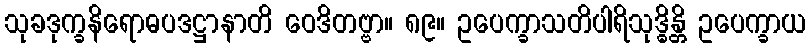
သုခဒုက္ခနိရောဓပဒဋ္ဌာနာတိ ဝေဒိတဗ္ဗာ။ ၈၉။ ဥပေက္ခာသတိပါရိသုဒ္ဓိန္တိ ဥပေက္ခာယ